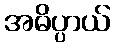
အဓိပ္ပာယ်